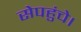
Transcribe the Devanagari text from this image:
सेपहुंचे।